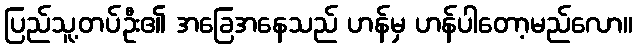
ပြည်သူ့တပ်ဦး၏ အခြေအနေသည် ဟန်မှ ဟန်ပါတော့မည်လော။